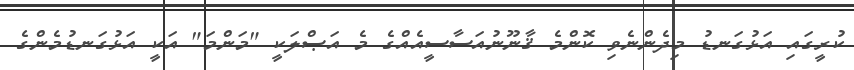
ކުރީގައި އަޅުގަނޑު މިދެންނެވި ކޮންމެ ޤާނޫނުއަސާސީއެއްގެ މެ އަޞްލަކީ "މަންމަ" އަކީ އަޅުގަނޑުމެންގެ